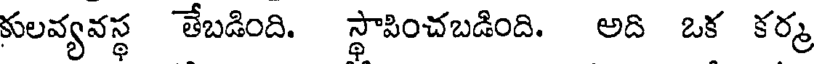
కులవ్యవస్థ తేబడింది. స్థాపించబడింది. అది ఒక కర్మ